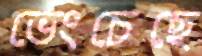
ভেংচেছে